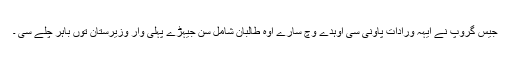
جیس گروپ نے ایہہ ورادات پاونی سی اوہدے وچ سارے اوہ طالبان شامل سن جیہڑے پہلی وار وزیرستان توں باہر چلے سی ۔